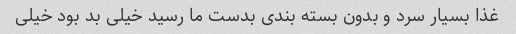
غذا بسیار سرد و بدون بسته بندی بدست ما رسید خیلی بد بود خیلی